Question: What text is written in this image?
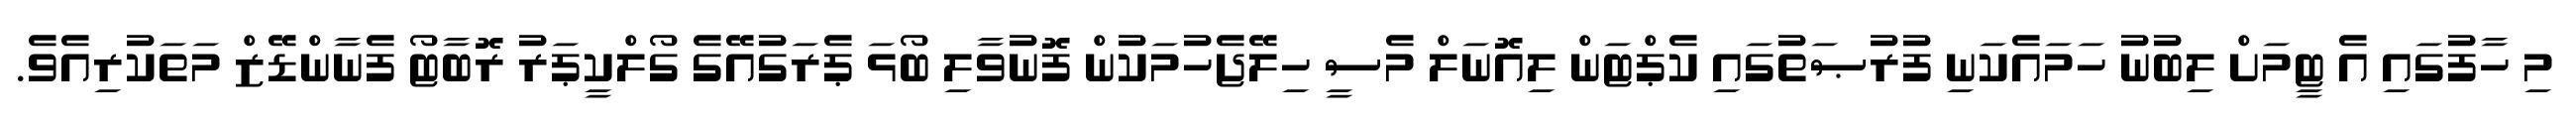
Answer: މި ހާފުގައި އެ ޓީމަށް ލިބުނު ހަމައެކަނި ފުރުޞަތުގައި ކެޕްޓަން ލިއޮނަލް މެސީ ހިލޭޖެހުމަކުން ފޮނުވާލި ބޯޅަ ޕެރަގުއޭގެ ގޯލްކީޕަރު ރޮބާޓޯ ފެނާންޑޭޒް މަތަކުރިއެވެ.